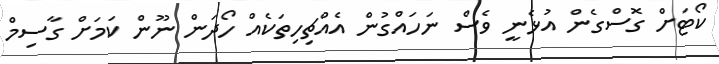
ކޯޓަށް ގޮސްގެން އުޅެނީ ވެސް ނަހައްގުން އެއްޗިހިތަކެއް ހޯދަން ނޫން ކަމަށް ގާސިމް